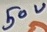
Text: 50V